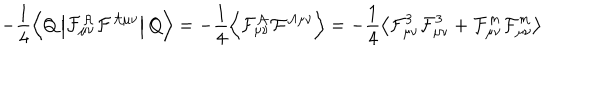
- \frac { 1 } { 4 } \left\langle Q \left| \cal F _ { \mu \nu } ^ { \cal A } \cal F ^ { \cal A \mu \nu } \right| Q \right\rangle = - \frac { 1 } { 4 } \left\langle \cal F _ { \mu \nu } ^ { \cal A } \cal F ^ { \cal A \mu \nu } \right\rangle = - \frac { 1 } { 4 } \left\langle { \cal F } _ { \mu \nu } ^ { 3 } { \cal F } _ { \mu \nu } ^ { 3 } + { \cal F } _ { \mu \nu } ^ { m } { \cal F } _ { \mu \nu } ^ { m } \right\rangle